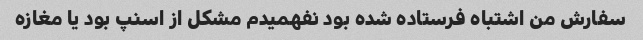
سفارش من اشتباه فرستاده شده بود نفهمیدم مشکل از اسنپ بود یا مغازه